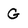
Character: G